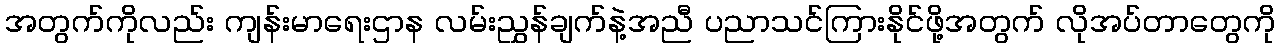
အတွက်ကိုလည်း ကျန်းမာရေးဌာန လမ်းညွှန်ချက်နဲ့အညီ ပညာသင်ကြားနိုင်ဖို့အတွက် လိုအပ်တာတွေကို